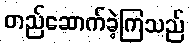
တည်ဆောက်ခဲ့ကြသည်